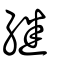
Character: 継